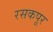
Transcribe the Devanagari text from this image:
रसकपूर